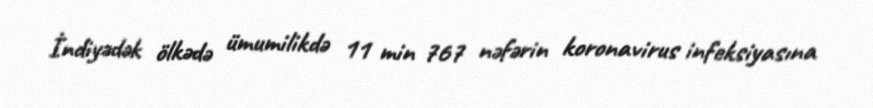
İndiyədək ölkədə ümumilikdə 11 min 767 nəfərin koronavirus infeksiyasına